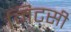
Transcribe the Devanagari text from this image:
मिटसी